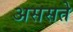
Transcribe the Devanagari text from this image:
अससते